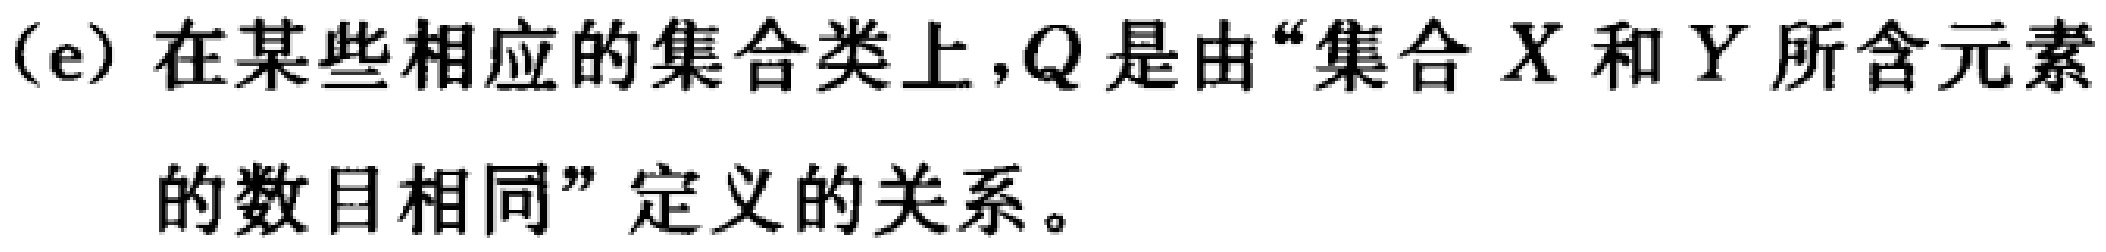
(e) 在某些相应的集合类上，$Q$ 是由“集合 $X$ 和 $Y$ 所含元素的数目相同”定义的关系。